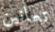
تعانين